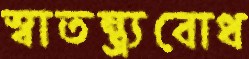
স্বাতন্ত্র্যবোধ